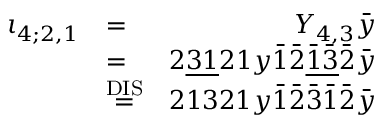
\begin{array} { r l r } { \iota _ { 4 ; 2 , 1 } } & { = } & { Y _ { 4 , 3 } \bar { y } } \\ & { = } & { 2 \underline { { 3 1 } } 2 1 y \bar { 1 } \bar { 2 } \underline { { \bar { 1 } \bar { 3 } } } \bar { 2 } \bar { y } } \\ & { \stackrel { \mathrm { D I S } } { = } } & { 2 1 3 2 1 y \bar { 1 } \bar { 2 } \bar { 3 } \bar { 1 } \bar { 2 } \bar { y } } \end{array}